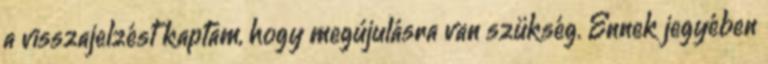
a visszajelzést kaptam, hogy megújulásra van szükség. Ennek jegyében